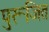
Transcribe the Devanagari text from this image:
पुरूजित